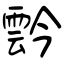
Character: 霒